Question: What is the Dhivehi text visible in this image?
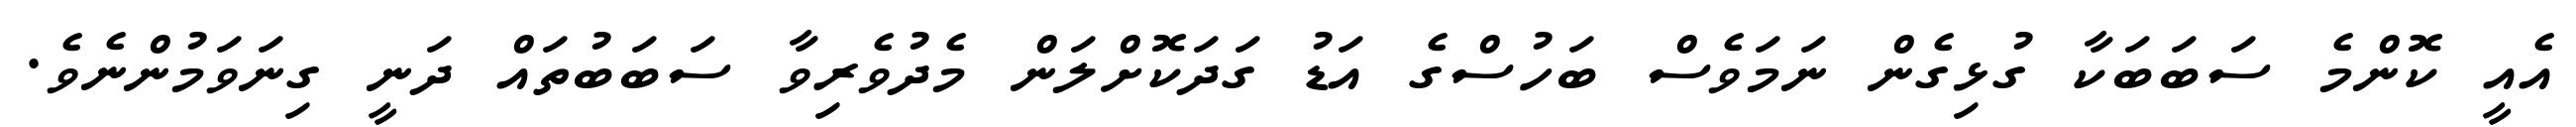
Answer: އެއީ ކޮންމެ ސަބަބަކާ ގުޅިގެން ނަމަވެސް ބަހުސްގެ އަޑު ގަދަކޮށްލަން މެދުވެރިވާ ސަބަބުތައް ދަނީ ގިނަވަމުންނެވެ.